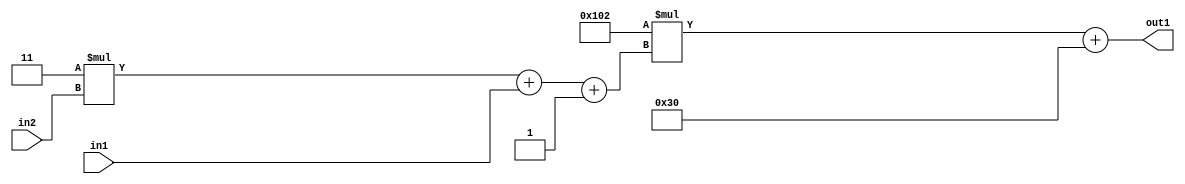
`timescale 1ps / 1ps
/*****************************************************************************
    Verilog RTL Description
    
    
    Created by: Stratus DpOpt 2019.1.01 
*******************************************************************************/

module DC_Filter_Add2i48Mul2i258Add3i1u1Mul2i3u2_4 (
	in2,
	in1,
	out1
	); /* architecture "behavioural" */ 
input [1:0] in2;
input  in1;
output [11:0] out1;
wire [11:0] asc001;
wire [3:0] asc002;

wire [3:0] asc002_tmp_0;
wire [3:0] asc002_tmp_1;
assign asc002_tmp_1 = 
	+(4'B0011 * in2);
assign asc002_tmp_0 = asc002_tmp_1
	+(in1);
assign asc002 = asc002_tmp_0
	+(4'B0001);

wire [11:0] asc001_tmp_2;
assign asc001_tmp_2 = 
	+(12'B000100000010 * asc002);
assign asc001 = asc001_tmp_2
	+(12'B000000110000);

assign out1 = asc001;
endmodule

/* CADENCE  vrP1Tg4= : u9/ySgnWtBlWxVPRXgAZ4Og= ** DO NOT EDIT THIS LINE ******/